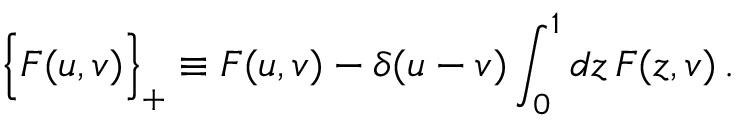
\Big \{ F ( u , v ) \Big \} _ { + } \equiv F ( u , v ) - \delta ( u - v ) \int _ { 0 } ^ { 1 } d z \, F ( z , v ) \, .